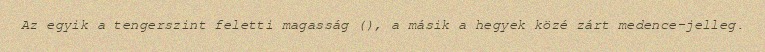
Az egyik a tengerszint feletti magasság (), a másik a hegyek közé zárt medence-jelleg.